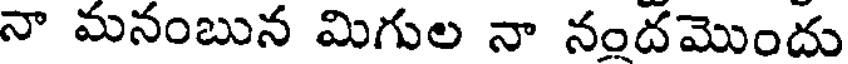
నా మనంబున మిగుల నా నందమొందు